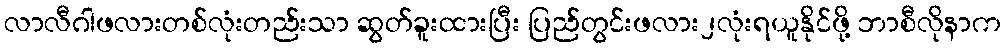
လာလီဂါဖလားတစ်လုံးတည်းသာ ဆွတ်ခူးထားပြီး ပြည်တွင်းဖလား၂လုံးရယူနိုင်ဖို့ ဘာစီလိုနာက